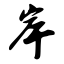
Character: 岸